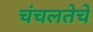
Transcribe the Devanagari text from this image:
चंचलतेचे